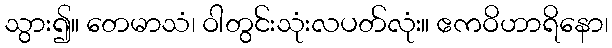
သွား၍။ တေမာသံ၊ ဝါတွင်းသုံးလပတ်လုံး။ ဧကဝိဟာရိနော၊